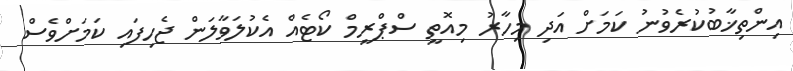
އިންތިޚާބުކުރެވުނު ކަމަށް އަދި މިހާރު މިއޮތީ ސްޕްރީމް ކޯޓެއް އެކުލަވާލަން ޖެހިފައި ކަމަށްވެސް